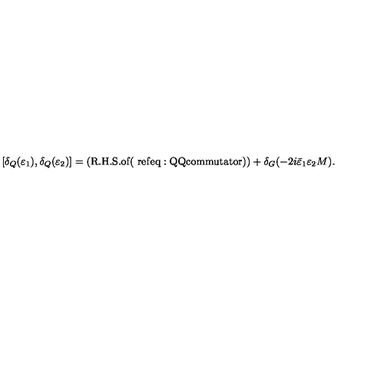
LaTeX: [ \delta _ { Q } ( \varepsilon _ { 1 } ) , \delta _ { Q } ( \varepsilon _ { 2 } ) ] = ( \mathrm { R . H . S . o f ( \ r e f { e q : Q Q c o m m u t a t o r } ) } ) + \delta _ { G } ( - 2 i \bar { \varepsilon } _ { 1 } \varepsilon _ { 2 } M ) .